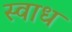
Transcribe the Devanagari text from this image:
स्वाध